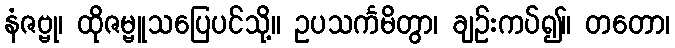
နံဇဗ္ဗု၊ ထိုဇမ္ဗူသပြေပင်သို့။ ဥပသင်္ကမိတွာ၊ ချဉ်းကပ်၍။ တတော၊